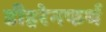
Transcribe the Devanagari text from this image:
डीहरेनफर्थ